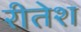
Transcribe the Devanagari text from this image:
रीतेश